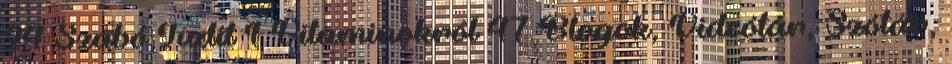
24 Szabó Judit 1 Vitaminokról 47 Blogok, Videótár, Szótár,